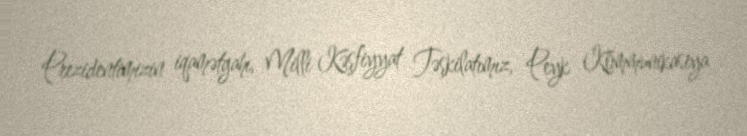
Prezidentimizin iqamətgahı, Milli Kəşfiyyat Təşkilatımız, Peyk Kommunikasiya